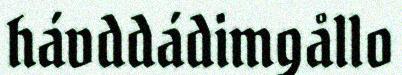
hávddádimgållo